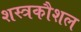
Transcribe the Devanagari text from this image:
शस्त्रकौशल